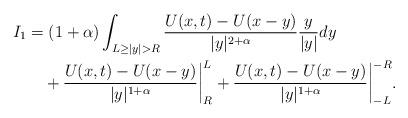
LaTeX: \begin{align*}I_1&= (1 + \alpha) \int_{L \ge |y| > R} \frac{U (x, t) - U(x-y)}{|y|^{2+\alpha}} \frac{y}{|y|} dy\\&\quad+ \frac{U (x, t) -U(x-y)}{|y|^{1+\alpha}} \bigg|^L_R + \frac{U (x, t) -U(x-y)}{|y|^{1+\alpha}} \bigg|^{-R}_{-L}.\end{align*}